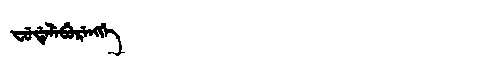
Manchu: ᠸᡠᡩᡝᠯᡝᠪᡠᡵᡝᠩᡤᡝ
Romanization: FUDELEBURENGGE